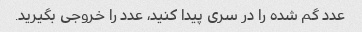
عدد گم شده را در سری پیدا کنید، عدد را خروجی بگیرید.